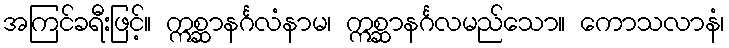
အကြင်ခရီးဖြင့်။ ဣစ္ဆာနင်္ဂလံနာမ၊ ဣစ္ဆာနင်္ဂလမည်သော။ ကောသလာနံ၊